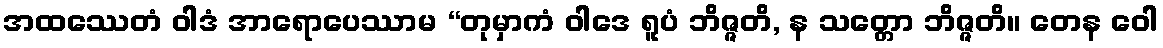
အထဿေတံ ဝါဒံ အာရောပေဿာမ “တုမှာကံ ဝါဒေ ရူပံ ဘိဇ္ဇတိ, န သတ္တော ဘိဇ္ဇတိ။ တေန ဝေါ